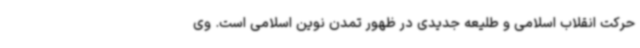
حرکت انقلاب اسلامی و طلیعه جدیدی در ظهور تمدن نوین اسلامی است. وی